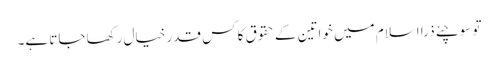
تو سوچئے ذرا اسلام میں خواتین کے حقوق کا کس قدر خیال رکھا جاتا ہے۔